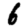
Digit: 6